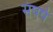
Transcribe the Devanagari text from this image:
संषर्ष